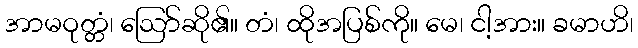
အာမဝုတ္တံ၊ ဩော်ဆို၏။ တံ၊ ထိုအပြစ်ကို။ မေ၊ ငါ့အား။ ခမာဟိ၊